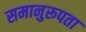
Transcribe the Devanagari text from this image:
समानुरूपता